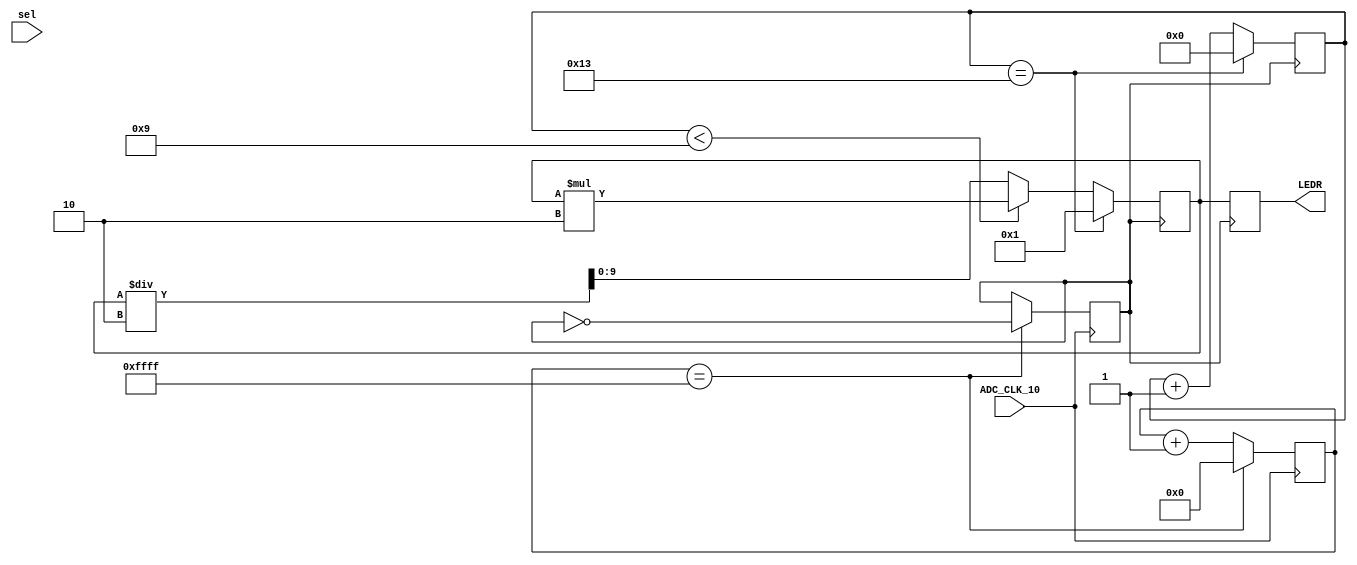
module Magic(ADC_CLK_10,LEDR,sel);
input ADC_CLK_10;
output reg [9:0] LEDR;
input [1:0] sel;

//Initialize clock slowing toggle and counter
reg slow = 0;
reg [16:0]  counter = 0;
reg [9:0] fakeLED = 1;


//Whenever there is a clock signal increment the counter. Use this counter to create
//a much slower wave named slow.
always @(posedge ADC_CLK_10)
begin
	counter <= counter + 1;
	if ( counter == 16'b1111111111111111)
		begin
			counter <= 0;
			slow <= ~slow;
		end
end

//count will allow us to know when we have reached both ends of the board
reg [4:0] count = 0;

//When ever the slow clock ticks, change the state of the leds
always @ (posedge slow)
begin
	
	//Increment the count, and assign LEDR to be the value of fakeLED
	count <= count + 1;
	LEDR <= fakeLED;
	
	//If the bit of fakeLED has not yet reached the left most LED, move it one
	//space over (left shift it until we count to nine)
	if(count < 9)
	begin
		fakeLED <= fakeLED*2;
	end
	
	//Between 9 and 19, right shift fakeLED
	else
	begin
		fakeLED <= fakeLED/2;
	end
	
	//If count is ninteen, reset count and fakeLED to one
	if(count == 19)
	begin
		count <= 0;
		fakeLED <= 1;
	end
		
	
end

endmodule